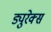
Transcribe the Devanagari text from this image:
ड्युरेक्स